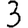
Digit: 3